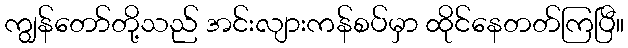
ကျွန်တော်တို့သည် အင်းလျားကန်စပ်မှာ ထိုင်နေတတ်ကြပြီ။